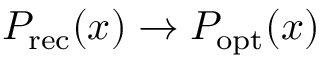
P _ { \mathrm { r e c } } ( x ) \rightarrow P _ { \mathrm { o p t } } ( x )